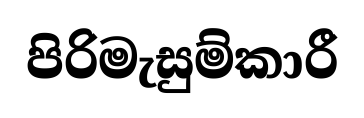
පිරිමැසුම්කාරී